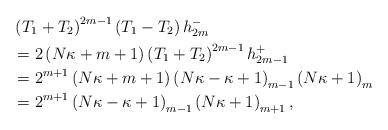
LaTeX: \begin{align*}& \left( T_{1}+T_{2}\right) ^{2m-1}\left( T_{1}-T_{2}\right) h_{2m}^{-}\\& =2\left( N\kappa+m+1\right) \left( T_{1}+T_{2}\right) ^{2m-1}h_{2m-1}^{+}\\& =2^{m+1}\left( N\kappa+m+1\right) \left( N\kappa-\kappa+1\right)_{m-1}\left( N\kappa+1\right) _{m}\\& =2^{m+1}\left( N\kappa-\kappa+1\right) _{m-1}\left( N\kappa+1\right)_{m+1},\end{align*}